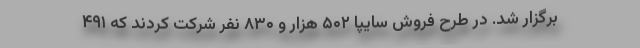
برگزار شد. در طرح فروش سايپا ۵۰۲ هزار و ۸۳۰ نفر شركت كردند كه ۴۹۱